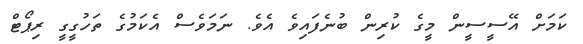
ކަމަށް އޭސީސީން މީގެ ކުރިން ބުނެފައިވެ އެވެ. ނަމަވެސް އެކަމުގެ ތަހުގީގީ ރިޕޯޓް